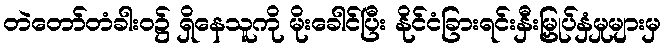
တဲတော်တံခါးဝ၌ ရှိနေသူကို မိုးခေါင်ပြီး နိုင်ငံခြားရင်းနှီးမြှုပ်နှံမှုများမှ